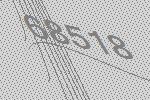
68518